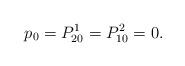
LaTeX: \begin{align*}p_0=P^1_{20}=P^2_{10}=0.\end{align*}